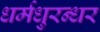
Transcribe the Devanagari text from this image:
धर्मधुरन्धर